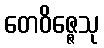
တေဝိဇ္ဇေသု